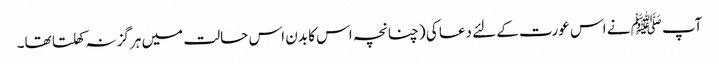
آپﷺ نے اس عورت کے لئے دعا کی (چنانچہ اس کا بدن اس حالت میں ہرگز نہ کھلتا تھا۔